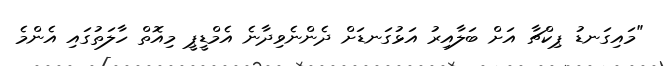
"މައިގަނޑު ޕިކްޗާ އަށް ބަލާއިރު އަޅުގަނޑަށް ދެންނެވިދާނެ އެމްޑީޕީ މިއޮތް ހާލަތުގައި އެންމެ